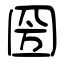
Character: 圀